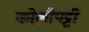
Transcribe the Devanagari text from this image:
कोलीपट्टी